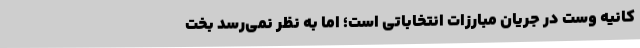
کانیه وست در جریان مبارزات انتخاباتی است؛ اما به نظر نمی‌رسد بخت